Indian journal of veterinary science and animal husbandry - Volume 13,
Year: 1943
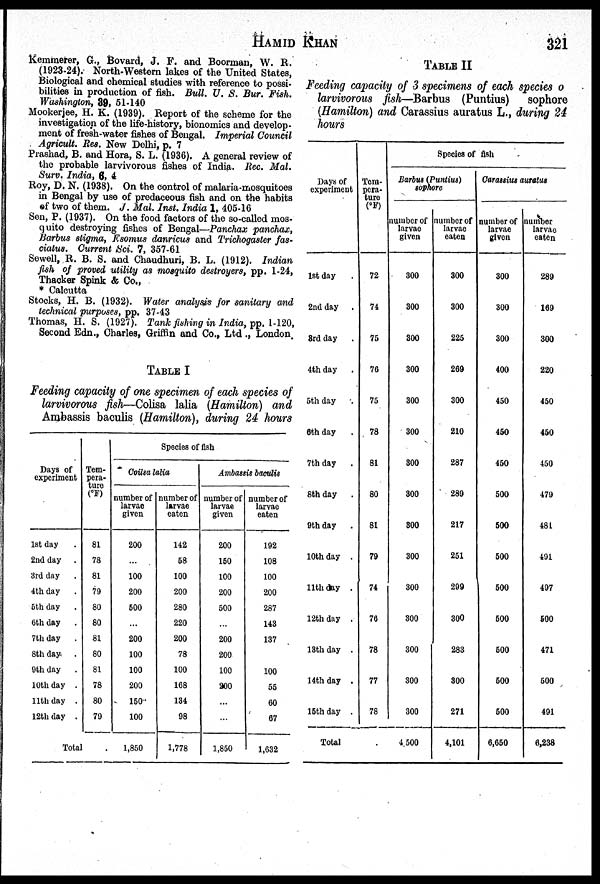
HAMID
KHAN
321
Kemmerer, G., Bovard, J. F. and Boorman, W. R.
(1923-24). North-Western lakes of the United States,
Biological and chemical studies with reference to possi-
bilities in production of fish. Bull. U. S. Bur. Fish.
Washington, 39, 51-140
Mookerjee, H. K. (1939). Report of the scheme for the
investigation of the life-history, bionomics and develop-
ment of fresh-water fishes of Bengal. Imperial Council
Agricult. Res. New Delhi, p. 7
Prashad, B. and Hora, S. L. (1936). A general review of
the probable larvivorous fishes of India. Rec. Mal.
Surv. India, 6, 4
Roy, D. N. (1938). On the control of malaria-mosquitoes
in Bengal by use of predaceous fish and on the habits
of two of them. .J. Mal. Inst. India 1, 405-16
Sen, P. (1937). On the food factors of the so-called mos-
quito destroying fishes of Bengal—Panchax panchax,
Barbus stigma, Esomus danr icus and Trichogaster fas-
ciatus. Current Sci. 7, 357-61
Sewell, R. B. S. and Chaudhuri, B. L. (1912). Indian
fish of proved utility as mosquito destroyers, pp. 1-24,
Thacker Spink & Co.,
* Calcutta
Stocks, H. B. (1932). Water analysis for sanitary and
technical purposes, pp. 37-43
Thomas, H. S. (1927). Tank fishing in India, pp. 1-120,
Second Edn., Charles, Griffin and Co., Ltd., London.
TABLE I
Feeding capacity of one specimen of each species of
larvivorous fish—Colisa lalia (Hamilton) and
Ambassis baculis (Hamilton), during 24 hours
Days of
experiment
1st day .
2nd day .
3rd day .
4th day .
5th day .
6th day .
7th day .
8th day .
9th day .
10th day .
11th day .
12th
day.
Tem-
pera-
ture
(ºF)
81
78
81
79
80
80
81
80
81
78
80
79
Total.
Species of fish
Coilsa lalia
number of
larvae
given
200
...
100
200
500
...
200
100
100
200
150
100
1,850
number of
larvae
eaten
142
58
100
200
280
220
200
78
100
168
134
98
1,778
Ambassis baculis
number of
larvae
given
200
150
100
200
500
...
200
200
100
200
...
...
1,850
number of
larvae
eaten
192
108
100
200
287
143
137
100
55
60
67
1,632
TABLE II
Feeding capacity of 3 specimens of each species o
larvivorous fish—Barbus (Puntius) sophore
(Hamilton) and Carassius auratus L., during 24
hours
Days of
experiment
1st day .
2nd day .
3rd day .
4th day .
5th day .
6th day .
7th day .
8th day .
9th day .
10th day .
11th day .
12th day .
13th day .
14th day .
15th day .
Total
Tem-
pera-
ture
(ºF)
72
74
75
76
75
78
81
80
81
79
74
76
78
77
78
Species of fish
Barbus (Puntius)
sophore
number of
larvae
given
300
300
300
300
300
300
300
300
300
300
300
300
300
300
300
4,500
number of
larvae
eaten
300
300
225
269
300
210
287
289
217
251
299
300
283
300
271
4,101
Carassius auratus
number of
larvae
given
300
300
300
400
450
450
450
500
500
500
500
500
500
500
500
6,650
number
larvae
eaten
289
169
300
220
450
450
450
479
481
491
497
500
471
500
491
6,238